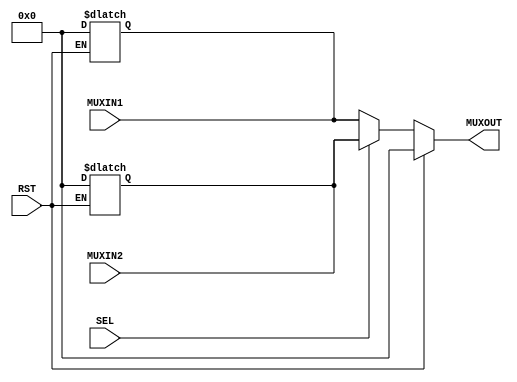
module mux(MUXIN1, MUXIN2, MUXOUT, SEL, RST);

input RST;
input SEL;
input [31:0] MUXIN1;
input [31:0] MUXIN2;

output reg [31:0] MUXOUT;

always @(*) begin
    if(RST == 1) begin
        MUXIN1 = 32'b0; 
        MUXIN2 = 32'b0; 
        MUXOUT = 32'b0; 
    end
        else

        MUXOUT = SEL ? MUXIN2 : MUXIN1;

        
end

endmodule